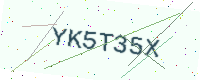
Text: YK5T35X